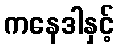
ကနေဒါနှင့်